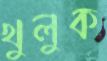
খুলুক